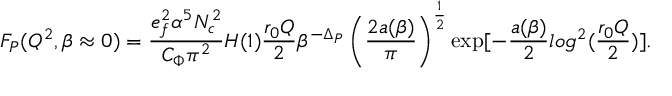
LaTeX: F _ { \cal P } ( Q ^ { 2 } , \beta \approx 0 ) = \frac { e _ { f } ^ { 2 } \alpha ^ { 5 } N _ { c } ^ { 2 } } { C _ { \Phi } \pi ^ { 2 } } H ( 1 ) \frac { r _ { 0 } Q } 2 \beta ^ { - \Delta _ { \cal P } } \left( \frac { 2 a ( \beta ) } { \pi } \right) ^ { \frac 1 2 } \exp [ - \frac { a ( \beta ) } 2 l o g ^ { 2 } ( \frac { r _ { 0 } Q } 2 ) ] .